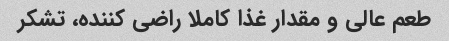
طعم عالی و مقدار غذا کاملا راضی کننده، تشکر